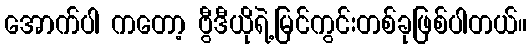
အောက်ပါ ကတော့ ဗွီဒီယိုရဲ့မြင်ကွင်းတစ်ခုဖြစ်ပါတယ်။